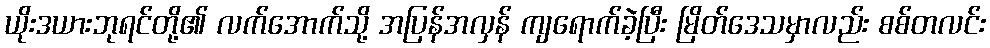
ယိုးဒယားဘုရင်တို့၏ လက်အောက်သို့ အပြန်အလှန် ကျရောက်ခဲ့ပြီး မြိတ်ဒေသမှာလည်း စစ်တလင်း